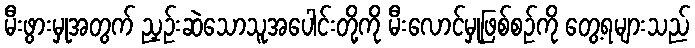
မီးဖွားမှုအတွက် ညှဉ်းဆဲသောသူအပေါင်းတို့ကို မီးလောင်မှုဖြစ်စဉ်ကို တွေ့ရများသည်